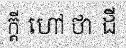
ក្តី ហៅ ថា ដី